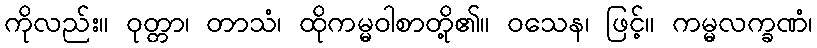
ကိုလည်း။ ဝုတ္တာ၊ တာသံ၊ ထိုကမ္မဝါစာတို့၏။ ဝသေန၊ ဖြင့်။ ကမ္မလက္ခဏံ၊